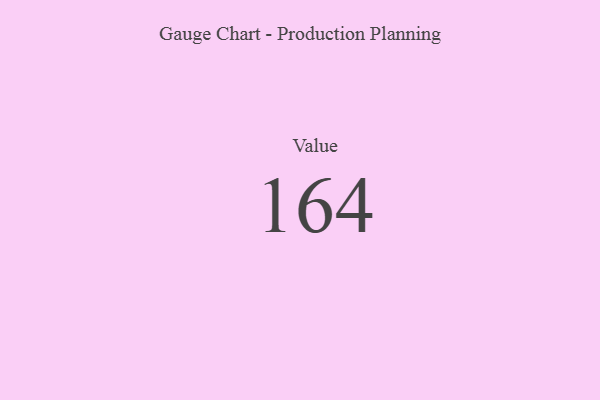
{"axis": {"x": "Metric", "y": "Value"}, "legend": [""], "data": [{"x": "Value", "y": 164, "type": ""}]}